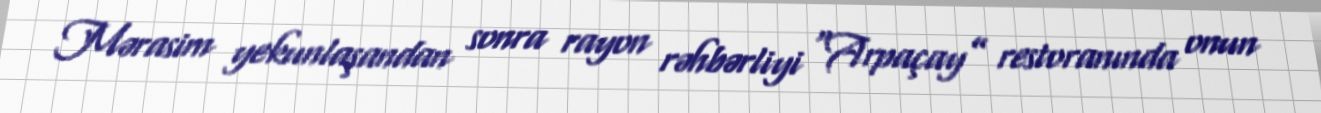
Mərasim yekunlaşandan sonra rayon rəhbərliyi “Arpaçay” restoranında onun